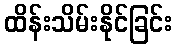
ထိန်းသိမ်းနိုင်ခြင်း